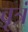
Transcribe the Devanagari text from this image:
वृत्रं